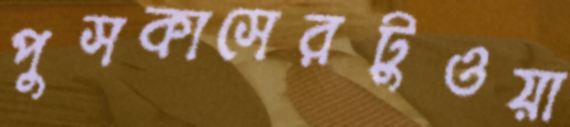
পুসকাসেরটুওয়া